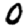
Digit: 0